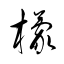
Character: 檬